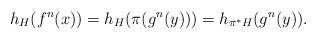
LaTeX: \begin{align*}h_{H}(f^{n}(x))=h_{H}(\pi(g^{n}(y)))=h_{\pi^{*}H}(g^{n}(y)).\end{align*}